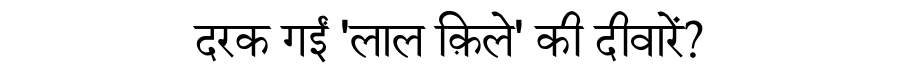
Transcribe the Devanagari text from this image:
दरक गईं 'लाल क़िले' की दीवारें?